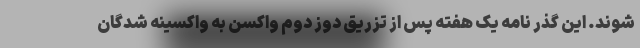
شوند. این گذر نامه یک هفته پس از تزریق دوز دوم واکسن به واکسینه شدگان